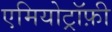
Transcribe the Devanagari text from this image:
एमियोट्रॉफ़ी